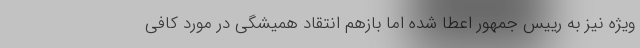
ویژه نیز به رییس جمهور اعطا شده اما بازهم انتقاد همیشگی در مورد کافی